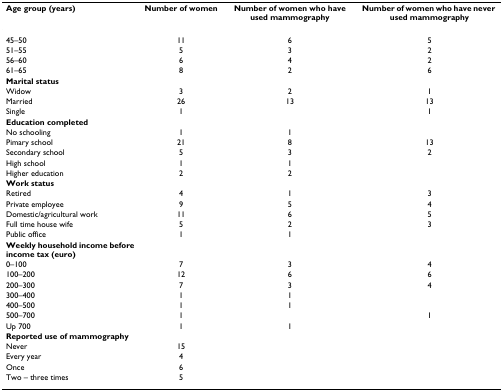
<table><thead><tr><td><b>Age group (years)</b></td><td><b>Number of women</b></td><td><b>Number of women who have used mammography</b></td><td><b>Number of women who have never used mammography</b></td></tr></thead><tbody><tr><td>45–50</td><td>11</td><td>6</td><td>5</td></tr><tr><td>51–55</td><td>5</td><td>3</td><td>2</td></tr><tr><td>56–60</td><td>6</td><td>4</td><td>2</td></tr><tr><td>61–65</td><td>8</td><td>2</td><td>6</td></tr><tr><td><b>Marital status</b></td><td></td><td></td><td></td></tr><tr><td>Widow</td><td>3</td><td>2</td><td>1</td></tr><tr><td>Married</td><td>26</td><td>13</td><td>13</td></tr><tr><td>Single</td><td>1</td><td></td><td>1</td></tr><tr><td><b>Education completed</b></td><td></td><td></td><td></td></tr><tr><td>No schooling</td><td>1</td><td>1</td><td></td></tr><tr><td>Pimary school</td><td>21</td><td>8</td><td>13</td></tr><tr><td>Secondary school</td><td>5</td><td>3</td><td>2</td></tr><tr><td>High school</td><td>1</td><td>1</td><td></td></tr><tr><td>Higher education</td><td>2</td><td>2</td><td></td></tr><tr><td><b>Work status</b></td><td></td><td></td><td></td></tr><tr><td>Retired</td><td>4</td><td>1</td><td>3</td></tr><tr><td>Private employee</td><td>9</td><td>5</td><td>4</td></tr><tr><td>Domestic/agricultural work</td><td>11</td><td>6</td><td>5</td></tr><tr><td>Full time house wife</td><td>5</td><td>2</td><td>3</td></tr><tr><td>Public office</td><td>1</td><td>1</td><td></td></tr><tr><td><b>Weekly household income before income tax (euro)</b></td><td></td><td></td><td></td></tr><tr><td>0–100</td><td>7</td><td>3</td><td>4</td></tr><tr><td>100–200</td><td>12</td><td>6</td><td>6</td></tr><tr><td>200–300</td><td>7</td><td>3</td><td>4</td></tr><tr><td>300–400</td><td>1</td><td>1</td><td></td></tr><tr><td>400–500</td><td>1</td><td>1</td><td></td></tr><tr><td>500–700</td><td>1</td><td></td><td>1</td></tr><tr><td>Up 700</td><td>1</td><td>1</td><td></td></tr><tr><td><b>Reported use of mammography</b></td><td></td><td></td><td></td></tr><tr><td>Never</td><td>15</td><td></td><td></td></tr><tr><td>Every year</td><td>4</td><td></td><td></td></tr><tr><td>Once</td><td>6</td><td></td><td></td></tr><tr><td>Two – three times</td><td>5</td><td></td><td></td></tr></tbody></table>